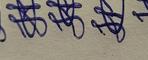
Signature authenticity: genuine